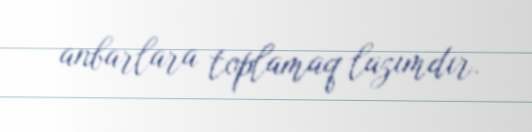
anbarlara toplamaq lazımdır.